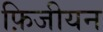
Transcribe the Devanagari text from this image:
फ़िजीयन